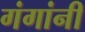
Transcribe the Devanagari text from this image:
गंगांनी